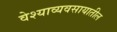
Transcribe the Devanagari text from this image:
वेश्याव्यवसायातील